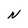
Character: N